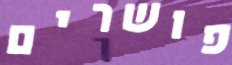
פושרים